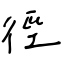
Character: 徑